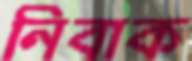
নিবাক